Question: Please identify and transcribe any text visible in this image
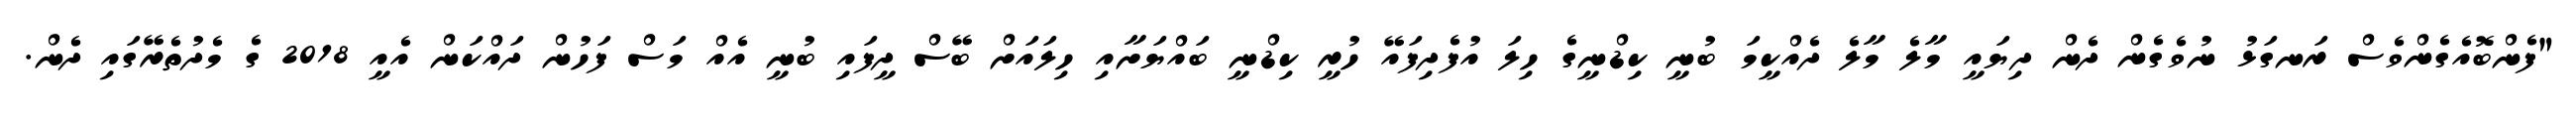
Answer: "ފެންބޮއެގެންވެސް ރަނގަޅު ނުވެގެން ދެން ދިޔައީ މާލެ މާލެ ދެއްކީމަ ބުނީ ކިޑްނީގެ ހިލަ އުފެދިފައޭ ހުރީ ކިޑްނީ ބައްޔަށާއި ހިލައަށް ބޭސް ދީފައި ބުނީ އެއް މަސް ފަހުން ދައްކަން އެއީ 2018 ގެ މެދުތެރޭގައި ދެން.